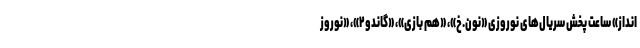
انداز» ساعت پخش سریال‌های نوروزی «نون.خ»، «هم بازی»، «گاندو۲»، «نوروز